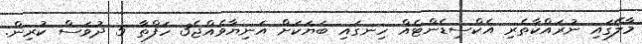
މާލޭގައި ނުރައްކާތެރި އެކްސިޑެންޓެއް ހިނގައި ބަޔަކަށް އަނިޔާވެއްޖެ3 ހަފްތާ 5 ދުވަސް ކުރިން.